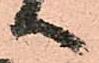
へ